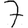
Digit: 7